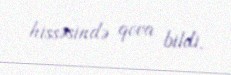
hissəsində qova bildi.